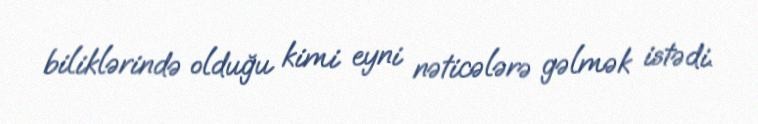
biliklərində olduğu kimi eyni nəticələrə gəlmək istədi.